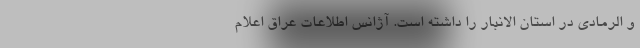
و الرمادی در استان الانبار را داشته است. آژانس اطلاعات عراق اعلام